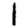
Digit: 1